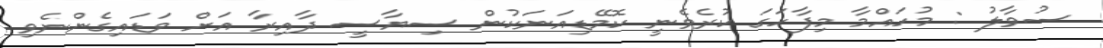
ސުވާލު : މުހައްމާ މިފާހަގަ ކުރެވެނީ ކޮމޭޑިއަނަކުން ސިޔާސީ ދާއިރާ އަށް ވަޑައިގެންނެވި